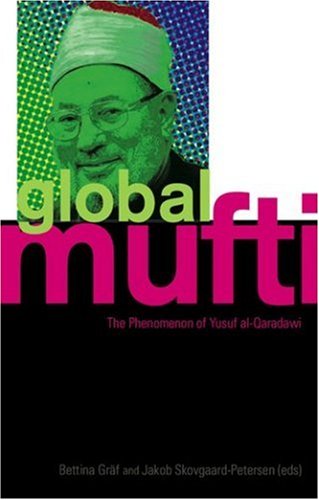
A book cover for Global Mufti: The Phenomenon of Yusuf Al-Qaradawi; Religion & Spirituality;